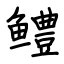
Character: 鳢